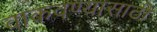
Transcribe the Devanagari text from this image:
वाकवण्यासाठी